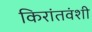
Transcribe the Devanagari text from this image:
किरांतवंशी